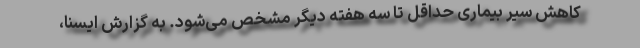
کاهش سیر بیماری حداقل تا سه هفته دیگر مشخص می‌شود. به گزارش ایسنا،